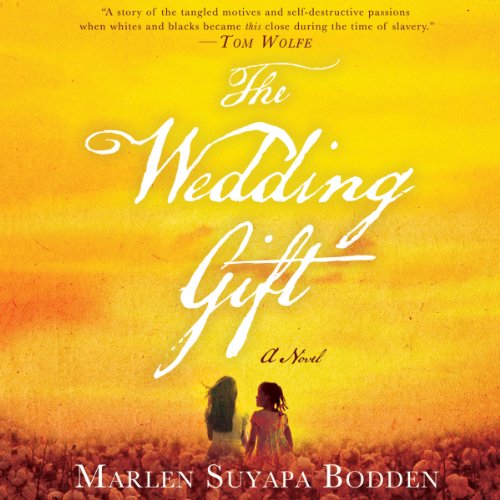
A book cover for The Wedding Gift; Marlen Suyapa Bodden; Literature & Fiction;